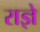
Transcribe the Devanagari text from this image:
राज्ञे